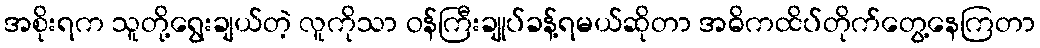
အစိုးရက သူတို့ရွေးချယ်တဲ့ လူကိုသာ ဝန်ကြီးချုပ်ခန့်ရမယ်ဆိုတာ အဓိကထိပ်တိုက်တွေ့နေကြတာ